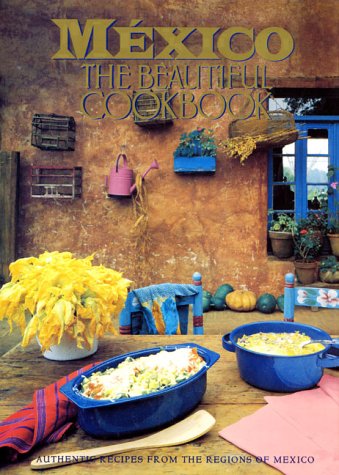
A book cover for Mexico The Beautiful Cookbook: Authentic Recipes from the Regions of Mexico; Susanna Palazuelos; Cookbooks, Food & Wine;